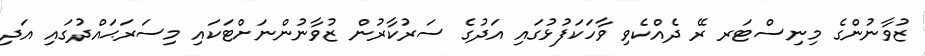
ޒުވާނުންގެ މިނިސްޓަރ ރޭ ދެއްކެވި ވާހަކަފުޅުގައި އަދުގެ ސަރުކާރުން ޒުވާނުންނަށްޓަކައި މިސަރަޙައްދުގައި އަދި